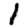
Digit: 1